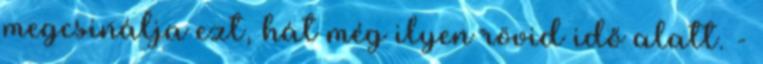
megcsinálja ezt, hát még ilyen rövid idő alatt. -